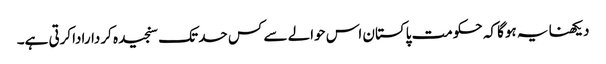
دیکھنا یہ ہوگا کہ حکومت پاکستان اس حوالے سے کس حد تک سنجیدہ کرداراداکرتی ہے۔